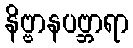
နိဗ္ဗာနပဗ္ဘာရာ